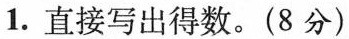
1.直接写出得数。(8分)